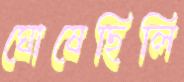
ঘোষেছিলি